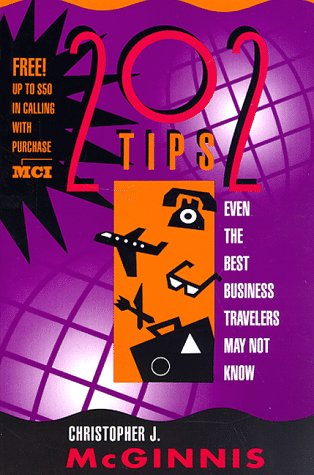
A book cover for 202 Tips Even the Best Business Travelers May Not Know; Christopher J. McGinnis; Travel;